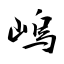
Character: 嵨